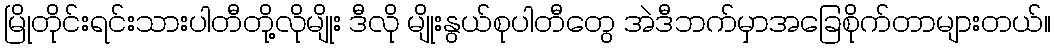
မြိုတိုင်းရင်းသားပါတီတို့လိုမျိုး ဒီလို မျိုးနွယ်စုပါတီတွေ အဲဒီဘက်မှာအခြေစိုက်တာများတယ်။